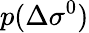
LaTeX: p(\Delta\sigma^{0})